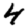
Digit: 4